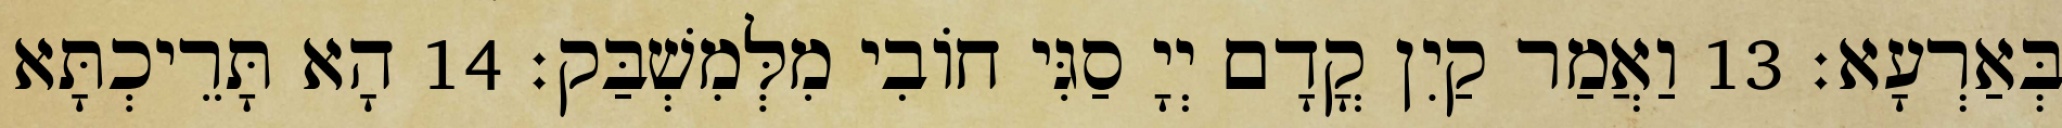
בְּאַרְעָא׃ 13 וַאֲמַר קַיִן קֳדָם יְיָ סַגִּי חוֹבִי מִלְּמִשְׁבַּק׃ 14 הָא תָּרֵיכְתָּא